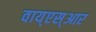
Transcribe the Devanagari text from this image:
वाय्‌एस्‌आर